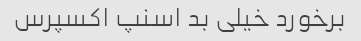
برخورد خیلی بد اسنپ اکسپرس